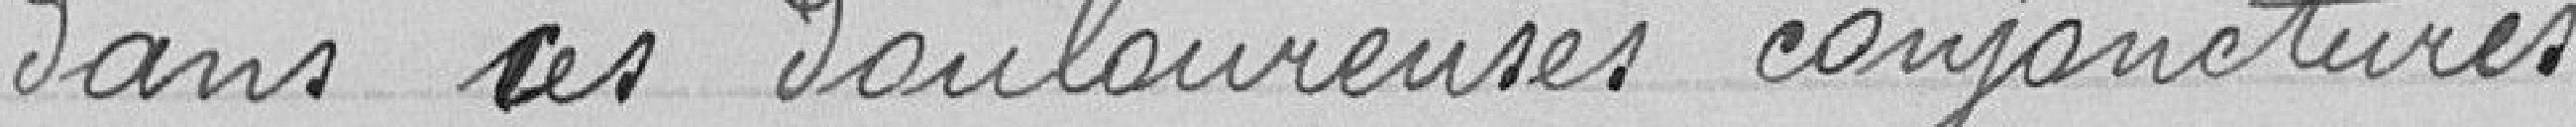
dans ces douloureuses conjonctures.